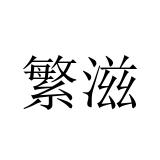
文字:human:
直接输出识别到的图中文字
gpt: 繁滋